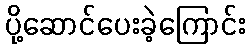
ပို့ဆောင်ပေးခဲ့ကြောင်း